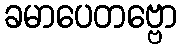
ခမာပေတဗ္ဗော